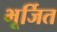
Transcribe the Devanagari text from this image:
भूर्जित